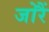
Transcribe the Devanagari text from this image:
जोरैं